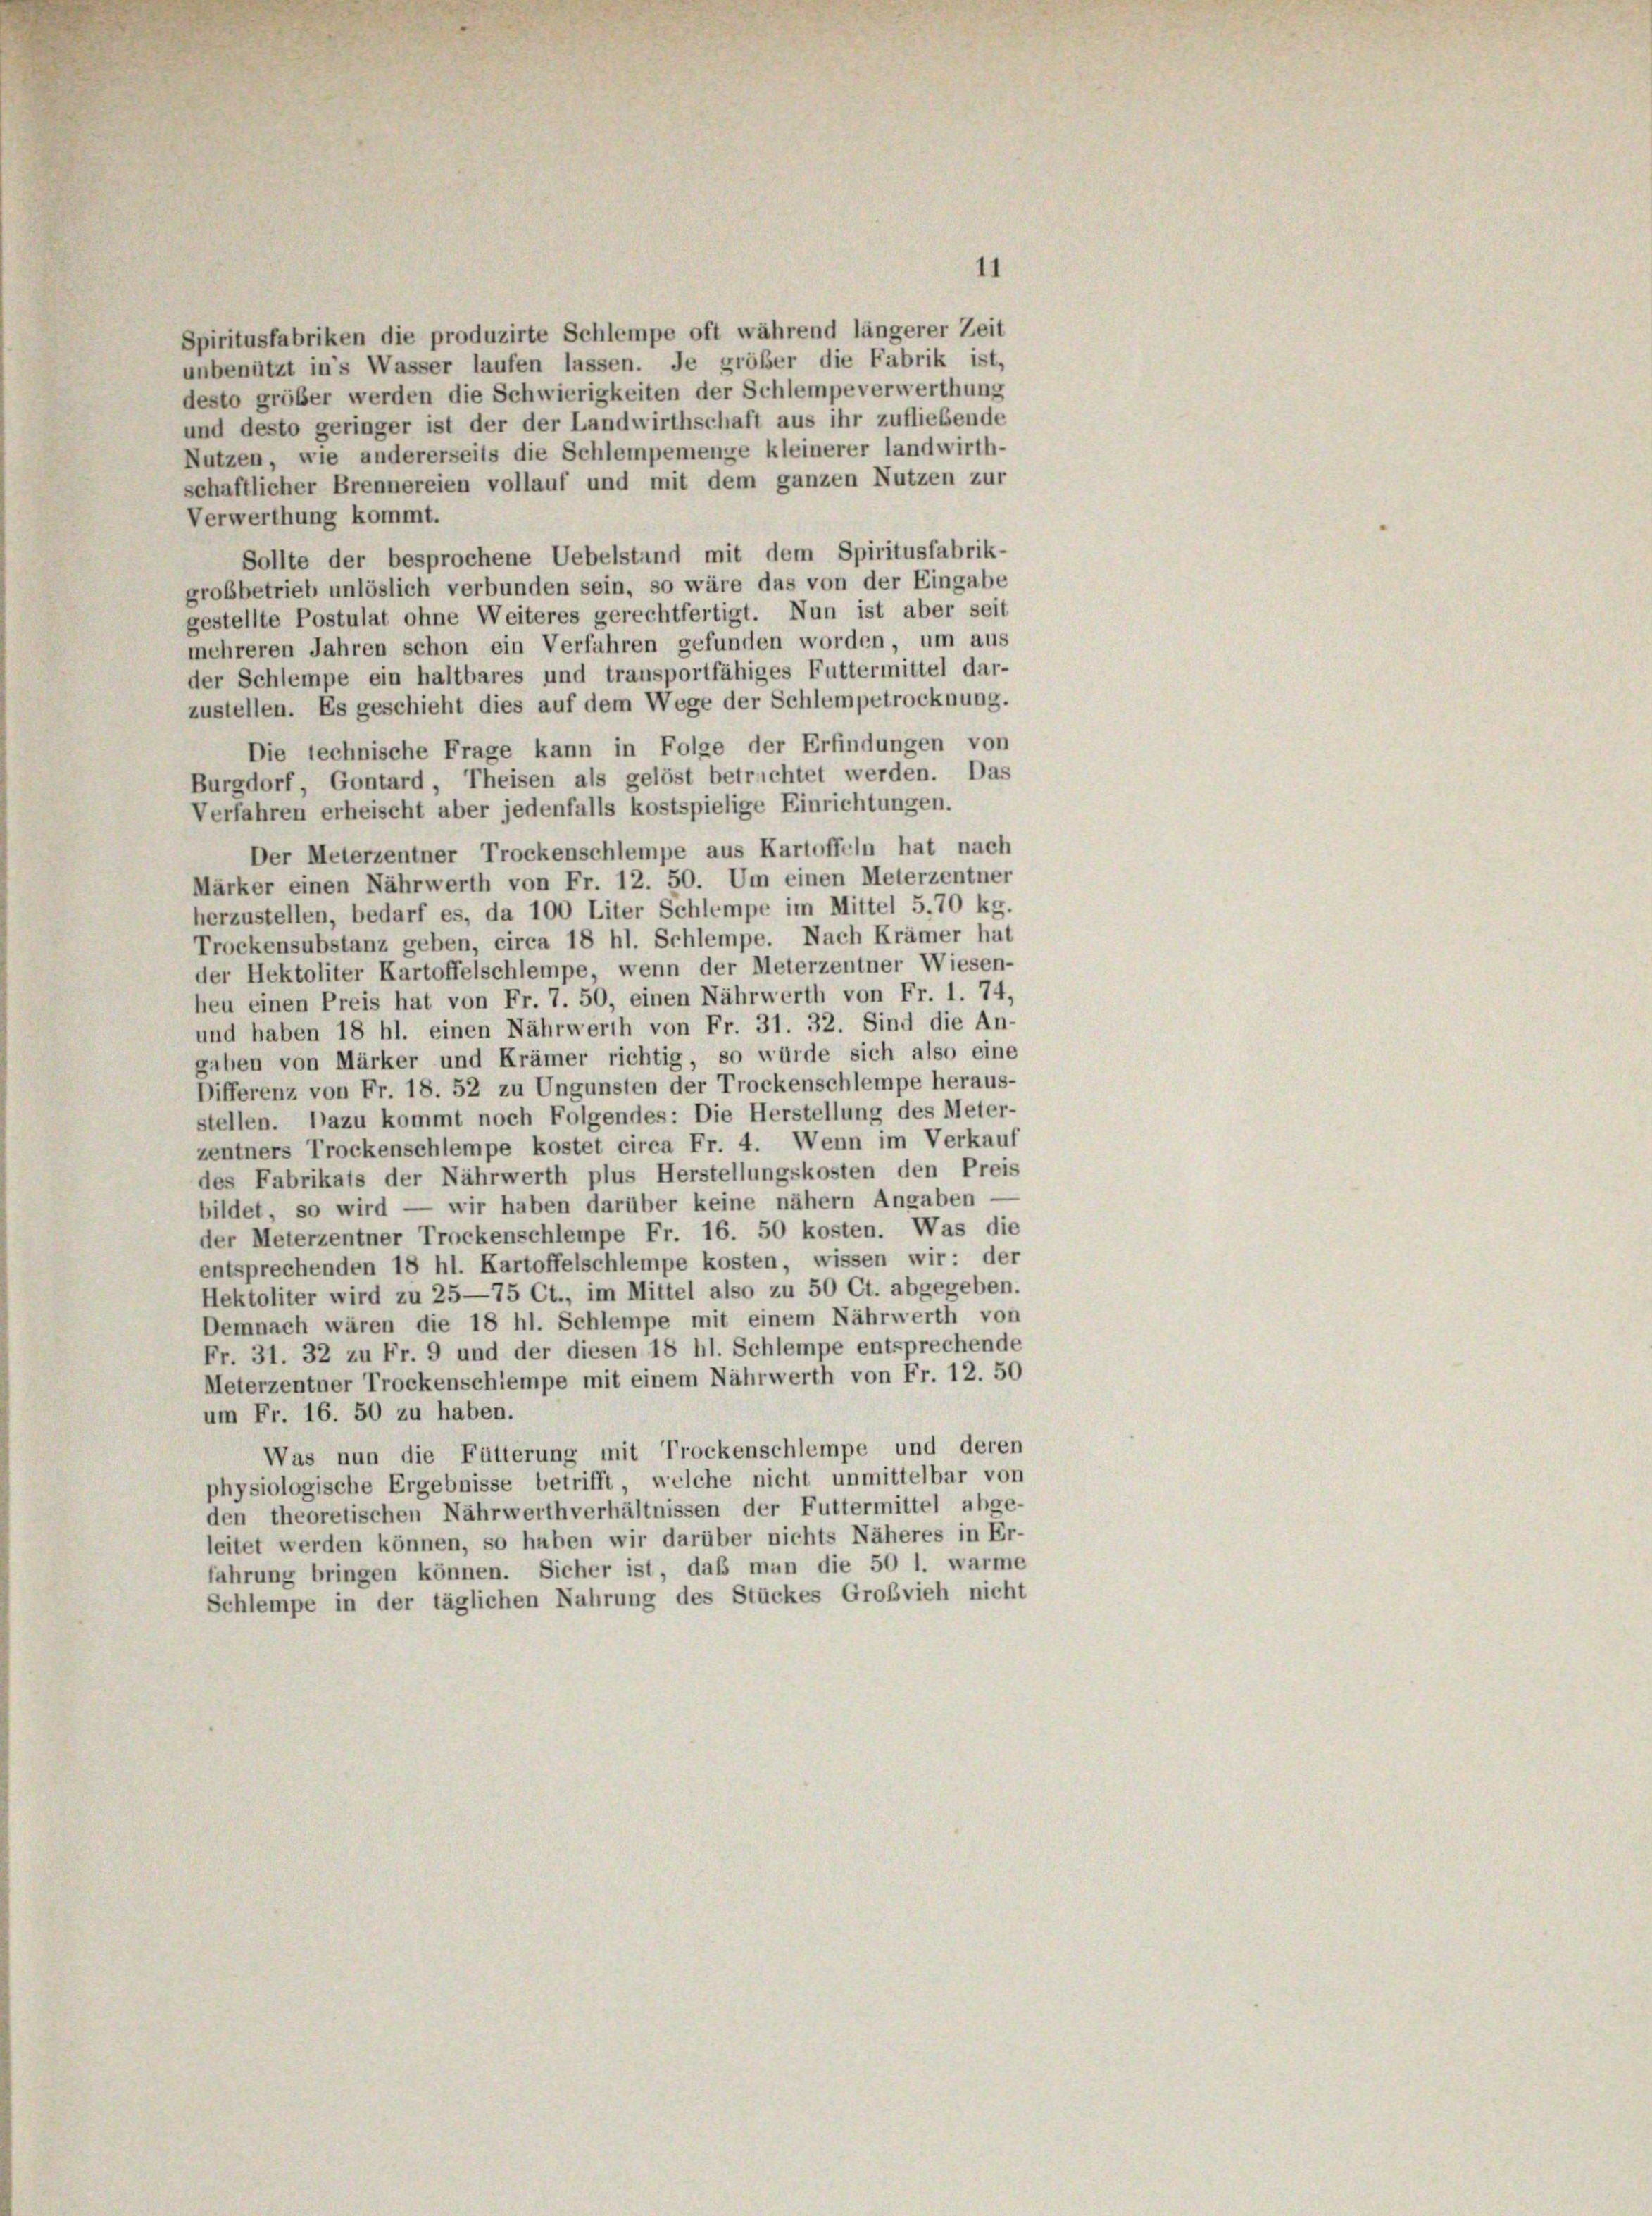
11
Spiritusfabriken die produzirte Schlempe oft während längerer Zeit
unbenützt in’s Wasser laufen lassen. Je größer die Fabrik ist,
desto größer werden die Schwierigkeiten der Schlempeverwerthung
und desto geringer ist der der Landwirthschaft aus ihr zufliebende
Nutzen, wie andererseits die Schlempemenge kleinerer landwirth-
schaftlicher Brennereien vollauf und mit dem ganzen Nutzen zur
Verwerthung kommt.
Sollte der besprochene Uebelstand mit dem Spiritusfabrik-
grobbetrieb unlöslich verbunden sein, so wäre das von der Eingabe
gestellte Postulat ohne Weiteres gerechtfertigt. Nun ist aber seit
mehreren Jahren schon ein Verfahren gefunden worden, um aus
der Schlempe ein haltbares und transportfähiges Futtermittel dar-
zustellen. Es geschieht dies auf dem Wege der Schlempetrocknung.
Die technische Frage kann in Folge der Erfindungen von
Burgdorf, Gontard, Theisen als gelöst betrachtet werden. Das
Verfahren erheischt aber jedenfalls kostspielige Einrichtungen.
Der Meterzentner Trockenschlempe aus Kartoffeln hat nach
Märker einen Nährwerth von Fr. 12. 50. Um einen Meterzentner
herzustellen, bedarf es, da 100 Liter Schlempe im Mittel 5.70 kg.
Trockensubstanz geben, circa 18 hl. Schlempe. Nach Krämer hat
der Hektoliter Kartoffelschlempe, wenn der Meterzentner Wiesen-
heu einen Preis hat von Fr. 7. 50, einen Nährwerth von Fr. 1. 74,
und haben 18 hl. einen Nährwerth von Fr. 31. 32. Sind die An-
gaben von Märker und Krämer richtig, so würde sich also eine
Differenz von Fr. 18. 52 zu Ungunsten der Trockenschlempe heraus-
stellen. Dazu kommt noch Folgendes: Die Herstellung des Meter-
zentners Trockenschlempe kostet circa Fr. 4. Wenn im Verkauf
des Fabrikats der Nährwerth plus Herstellungskosten den Preis
bildet, so wird — wir haben darüber keine nähern Angaben -
der Meterzentner Trockenschlempe Fr. 16. 50 kosten. Was die
entsprechenden 18 hl. Kartoffelschlempe kosten, wissen wir: der
Hektoliter wird zu 25—75 Ct., im Mittel also zu 50 Ct. abgegeben.
Demnach wären die 18 hl. Schlempe mit einem Nährwerth von
Fr. 31. 32 zu Fr. 9 und der diesen 18 hl. Schlempe entsprechende
Meterzentner Trockenschiempe mit einem Nährwerth von Fr. 12. 50
um Fr. 16. 50 zu haben.
Was nun die Fütterung mit Trockenschlempe und deren
physiologische Ergebnisse betrifft, welche nicht unmittelbar von
den theoretischen Nährwerthverhältnissen der Futtermittel abge-
leitet werden können, so haben wir darüber nichts Näheres in Er-
fahrung bringen können. Sicher ist, daß man die 50 l. warme
Schlempe in der täglichen Nahrung des Stückes Großvieh nicht